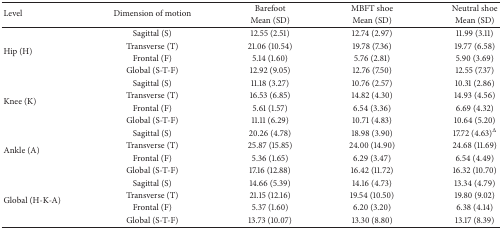
<table><thead><tr><td rowspan="2"><b>Level</b></td><td rowspan="2"><b>Dimension of motion</b></td><td><b>Barefoot</b></td><td><b>MBFT shoe</b></td><td><b>Neutral shoe</b></td></tr><tr><td><b>Mean (SD)</b></td><td><b>Mean (SD)</b></td><td><b>Mean (SD)</b></td></tr></thead><tbody><tr><td rowspan="4">Hip (H)</td><td>Sagittal (S)</td><td>12.55 (2.51)</td><td>12.74 (2.97)</td><td>11.99 (3.11)</td></tr><tr><td>Transverse (T)</td><td>21.06 (10.54)</td><td>19.78 (7.36)</td><td>19.77 (6.58)</td></tr><tr><td>Frontal (F)</td><td>5.14 (1.60)</td><td>5.76 (2.81)</td><td>5.90 (3.69)</td></tr><tr><td>Global (S-T-F)</td><td>12.92 (9.05)</td><td>12.76 (7.50)</td><td>12.55 (7.37)</td></tr><tr><td rowspan="4">Knee (K)</td><td>Sagittal (S)</td><td>11.18 (3.27)</td><td>10.76 (2.57)</td><td>10.31 (2.86)</td></tr><tr><td>Transverse (T)</td><td>16.53 (6.85)</td><td>14.82 (4.30)</td><td>14.93 (4.56)</td></tr><tr><td>Frontal (F)</td><td>5.61 (1.57)</td><td>6.54 (3.36)</td><td>6.69 (4.32)</td></tr><tr><td>Global (S-T-F)</td><td>11.11 (6.29)</td><td>10.71 (4.83)</td><td>10.64 (5.20)</td></tr><tr><td rowspan="4">Ankle (A)</td><td>Sagittal (S)</td><td>20.26 (4.78)</td><td>18.98 (3.90)</td><td>17.72 (4.63)<sup>Δ</sup></td></tr><tr><td>Transverse (T)</td><td>25.87 (15.85)</td><td>24.00 (14.90)</td><td>24.68 (11.69)</td></tr><tr><td>Frontal (F)</td><td>5.36 (1.65)</td><td>6.29 (3.47)</td><td>6.54 (4.49)</td></tr><tr><td>Global (S-T-F)</td><td>17.16 (12.88)</td><td>16.42 (11.72)</td><td>16.32 (10.70)</td></tr><tr><td rowspan="4">Global (H-K-A)</td><td>Sagittal (S)</td><td>14.66 (5.39)</td><td>14.16 (4.73)</td><td>13.34 (4.79)</td></tr><tr><td>Transverse (T)</td><td>21.15 (12.16)</td><td>19.54 (10.50)</td><td>19.80 (9.02)</td></tr><tr><td>Frontal (F)</td><td>5.37 (1.60)</td><td>6.20 (3.20)</td><td>6.38 (4.14)</td></tr><tr><td>Global (S-T-F)</td><td>13.73 (10.07)</td><td>13.30 (8.80)</td><td>13.17 (8.39)</td></tr></tbody></table>